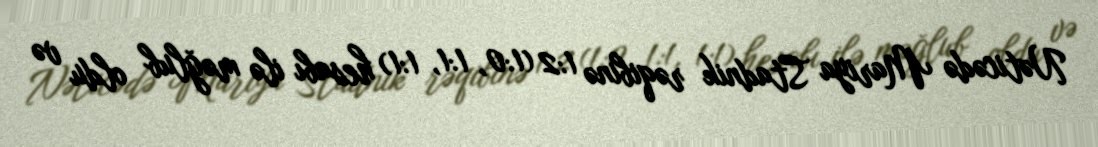
Nəticədə Mariya Stadnik rəqibinə 1:2 (1:0, 1:1, 1:1) hesabı ilə məğlub oldu və